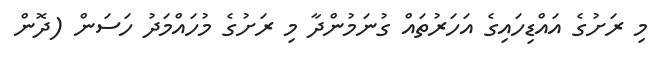
މި ރަށުގެ އައްޑިހައިގެ އަހަރުތައް ގުނަމުންދާ މި ރަށުގެ މުހައްމަދު ހަސަން (ދޮން